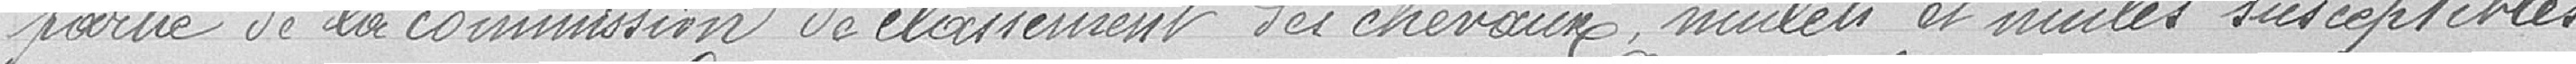
partie de la commission de classement des chevaux, mulets et mules susceptibles